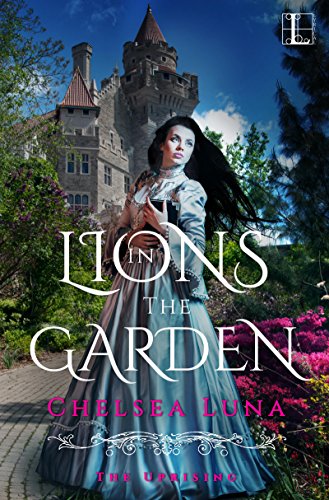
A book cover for Lions in the Garden (The Uprising Book 1); Chelsea Luna; Teen & Young Adult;